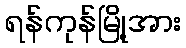
ရန်ကုန်မြို့အား